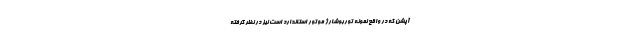
آپشن که در واقع نمونه توربوشارژ موتور استاندارد است نیز در نظر گرفته